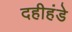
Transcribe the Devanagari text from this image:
दहीहंडे